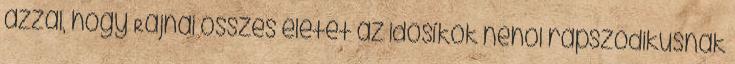
azzal, hogy Rajnai összes életét az idősíkok néhol rapszodikusnak